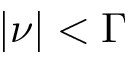
\vert \nu \vert < \Gamma